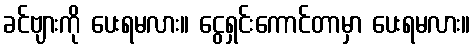
ခင်ဗျားကို ပေးရမလား။ ငွေရှင်းကောင်တာမှာ ပေးရမလား။